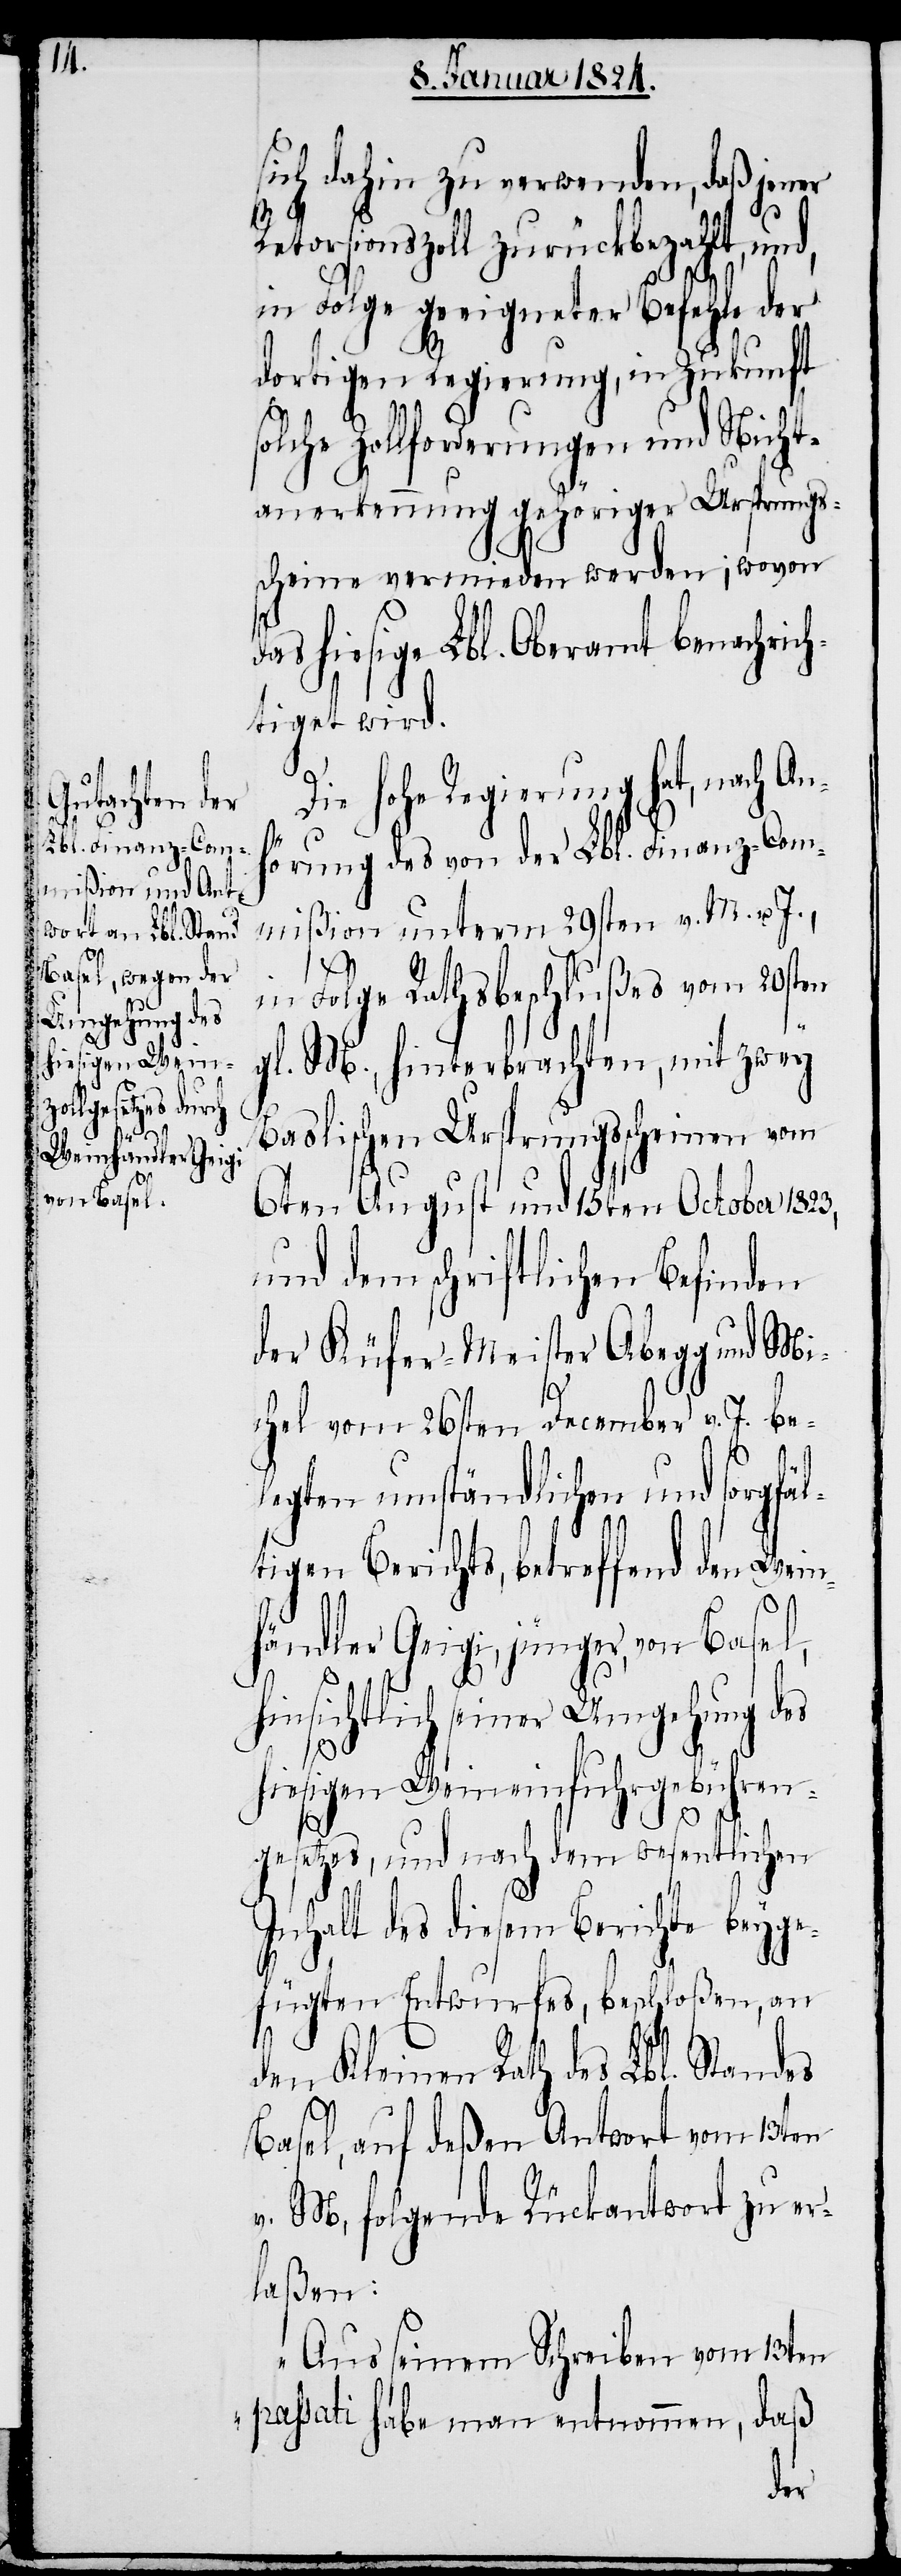
d¬

sich dahin zu verwenden, daß jener
torsionszoll zurückbezahlt, un¬
in Folge geeigneter Befehle der
dortigen Regierung, in Zukunft
solche Zollforderungen und Nicht¬
anerkennung gehöriger Ursprungs¬
scheine vermieden werden; wovon
as hiesige Lbl. Oberamt benachrich¬
tiget wird.
Die hohe Regierung hat, nach An¬
hörung des von der Lbl. Finanz-Com¬
mißion unterm 29sten v. M. u. J.,
n¬
in Folge Rathsbeschlußes vom 20sten
gl. M., hinterbrachten, mit zwey
Baslischen Ursprungsscheinen vom
6ten August und 15ten October 1823,
und dem schriftlichen Befinden
der Küfer-Meister Abegg und Mi¬
chel vom 26sten December v. J. be¬
legten umständlichen und sorgfäl¬
tigen Berichts, betreffend den Wei¬
händler Geigi, jünger, von Basel,
hinsichtlich seiner Umgehung des
hiesigen Weineinfuhrgebühren¬
d,
gesetzes, und nach dem wesentlichen
Inhalt des diesem Berichte beyge¬
fügten Entwurfes, beschloßen, an
den Kleinen Rath des Lbl. Standes
Basel, auf deßen Antwort vom 13ten
v. M., folgende Rückantwort zu er¬
laßen:
„Aus seinem Schreiben vom 13ten
passati habe man entnommen, daß